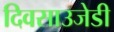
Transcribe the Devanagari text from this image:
दिवसाउजेडी